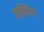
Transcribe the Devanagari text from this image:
जानियेगा